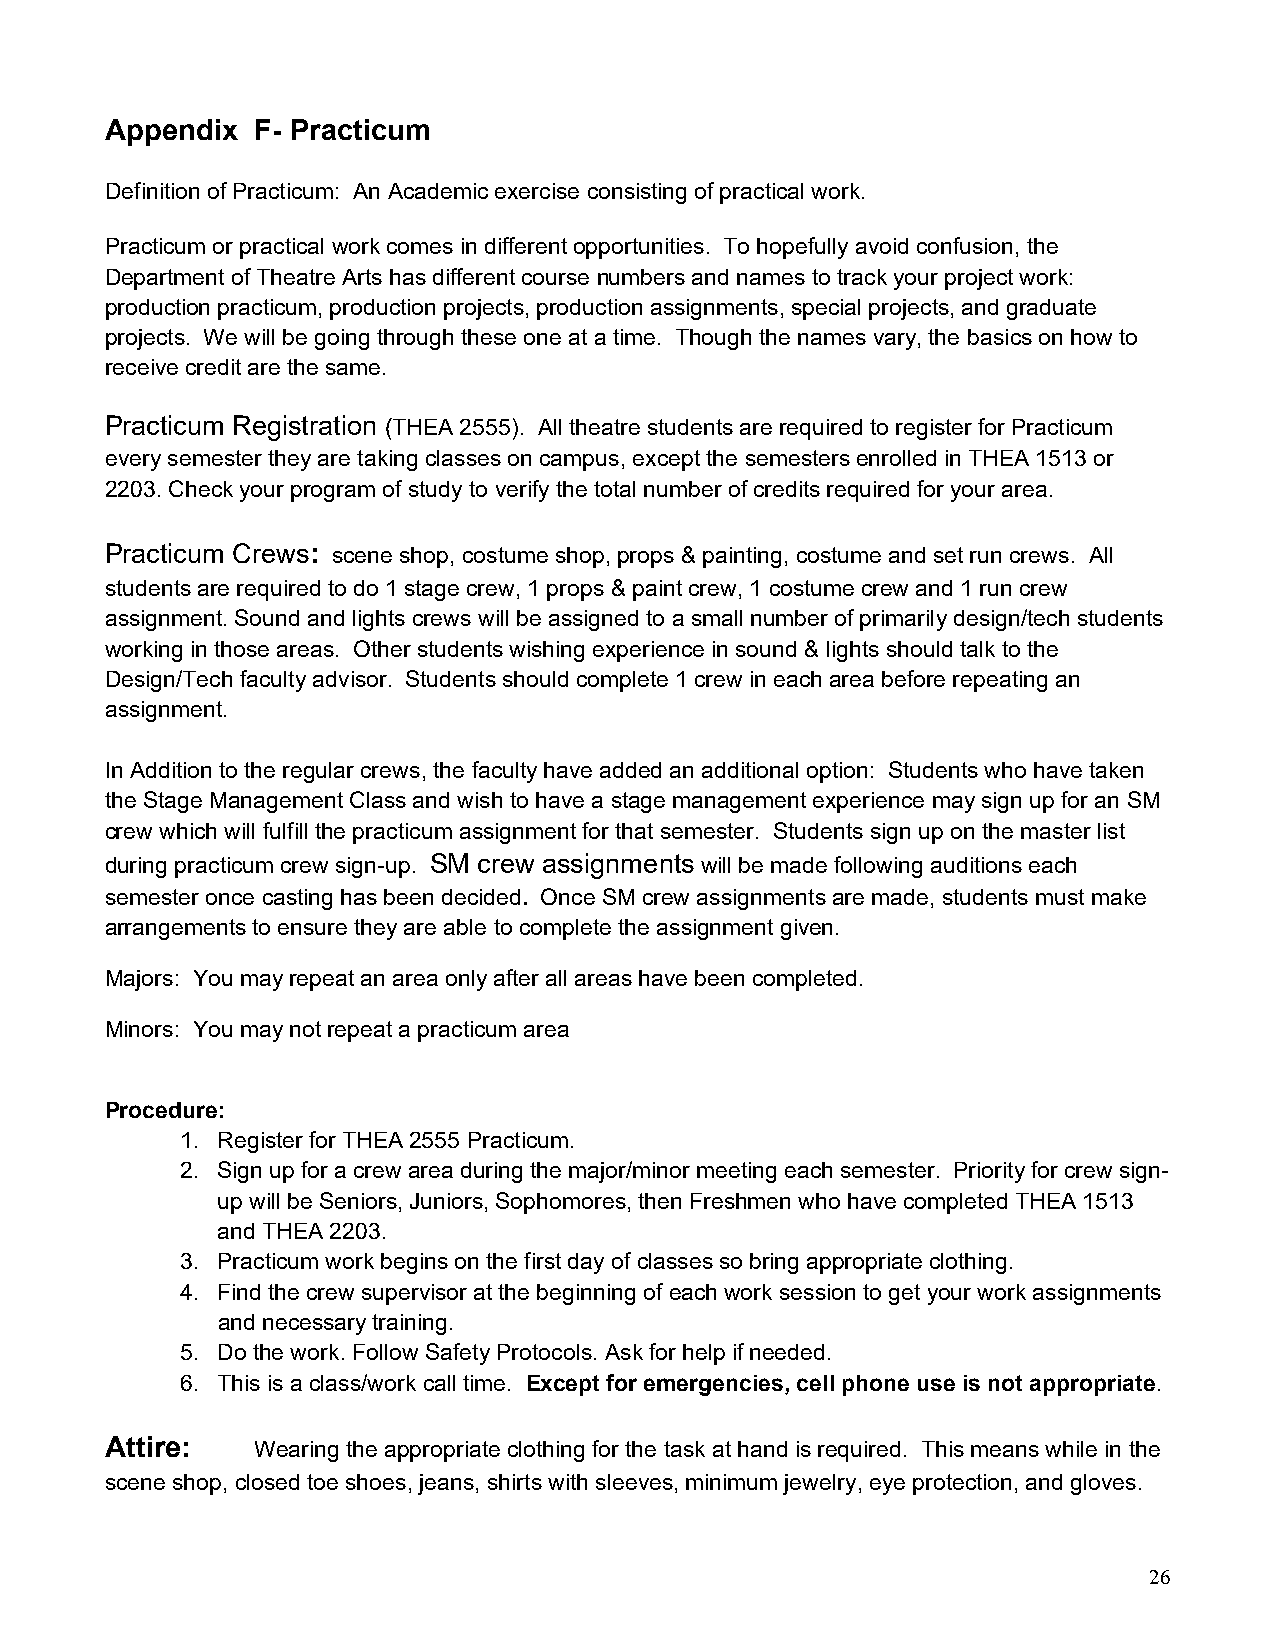
Appendix  F- Practicum
 Definition of Practicum: An Academic exercise consisting of practical work.
 Practicum or practical work comes in different opportunities. To hopefully avoid confusion, the
 Department of Theatre Arts has different course numbers and names to track your project work:
 production practicum, production projects, production assignments, special projects, and graduate
 projects. We will be going through these one at a time. Though the names vary, the basics on how to
 receive credit are the same.
 Practicum Registration (THEA 2555). All theatre students are required to register for Practicum
 every semester they are taking classes on campus, except the semesters enrolled in THEA 1513 or
 2203. Check your program of study to verify the total number of credits required for your area.
 Practicum Crews: scene shop, costume shop, props & painting, costume and set run crews. All
 students are required to do 1 stage crew, 1 props & paint crew, 1 costume crew and 1 run crew
 assignment. Sound and lights crews will be assigned to a small number of primarily design/tech students
 working in those areas. Other students wishing experience in sound & lights should talk to the
 Design/Tech faculty advisor. Students should complete 1 crew in each area before repeating an
 assignment.
 In Addition to the regular crews, the faculty have added an additional option: Students who have taken
 the Stage Management Class and wish to have a stage management experience may sign up for an SM
 crew which will fulfill the practicum assignment for that semester. Students sign up on the master list
 during practicum crew sign-up. SM crew assignments will be made following auditions each
 semester once casting has been decided. Once SM crew assignments are made, students must make
 arrangements to ensure they are able to complete the assignment given.
 Majors: You may repeat an area only after all areas have been completed.
 Minors: You may not repeat a practicum area
 Procedure:
 1. Register for THEA 2555 Practicum.
 2. Sign up for a crew area during the major/minor meeting each semester. Priority for crew sign-
 up will be Seniors, Juniors, Sophomores, then Freshmen who have completed THEA 1513
 and THEA 2203.
 3. Practicum work begins on the first day of classes so bring appropriate clothing.
 4. Find the crew supervisor at the beginning of each work session to get your work assignments
 and necessary training.
 5. Do the work. Follow Safety Protocols. Ask for help if needed.
 6. This is a class/work call time. Except for emergencies, cell phone use is not appropriate.
 Attire:   Wearing the appropriate clothing for the task at hand is required. This means while in the
 scene shop, closed toe shoes, jeans, shirts with sleeves, minimum jewelry, eye protection, and gloves.
 26